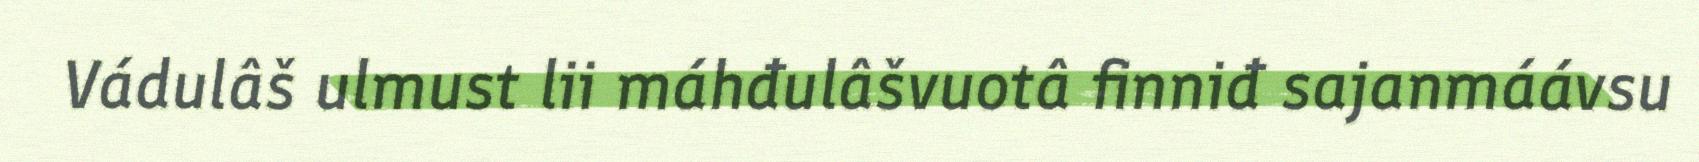
Vádulâš ulmust lii máhđulâšvuotâ finniđ sajanmáávsu